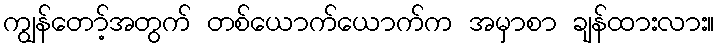
ကျွန်တော့်အတွက် တစ်ယောက်ယောက်က အမှာစာ ချန်ထားလား။